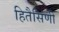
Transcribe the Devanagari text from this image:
हितैसिणी